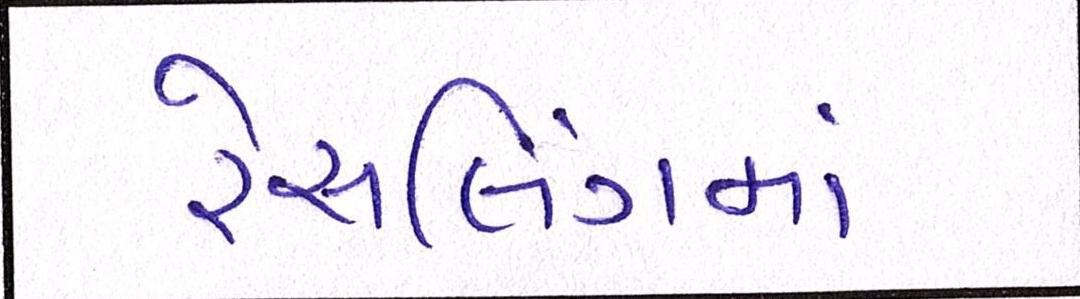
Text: રેસલિંગમાં